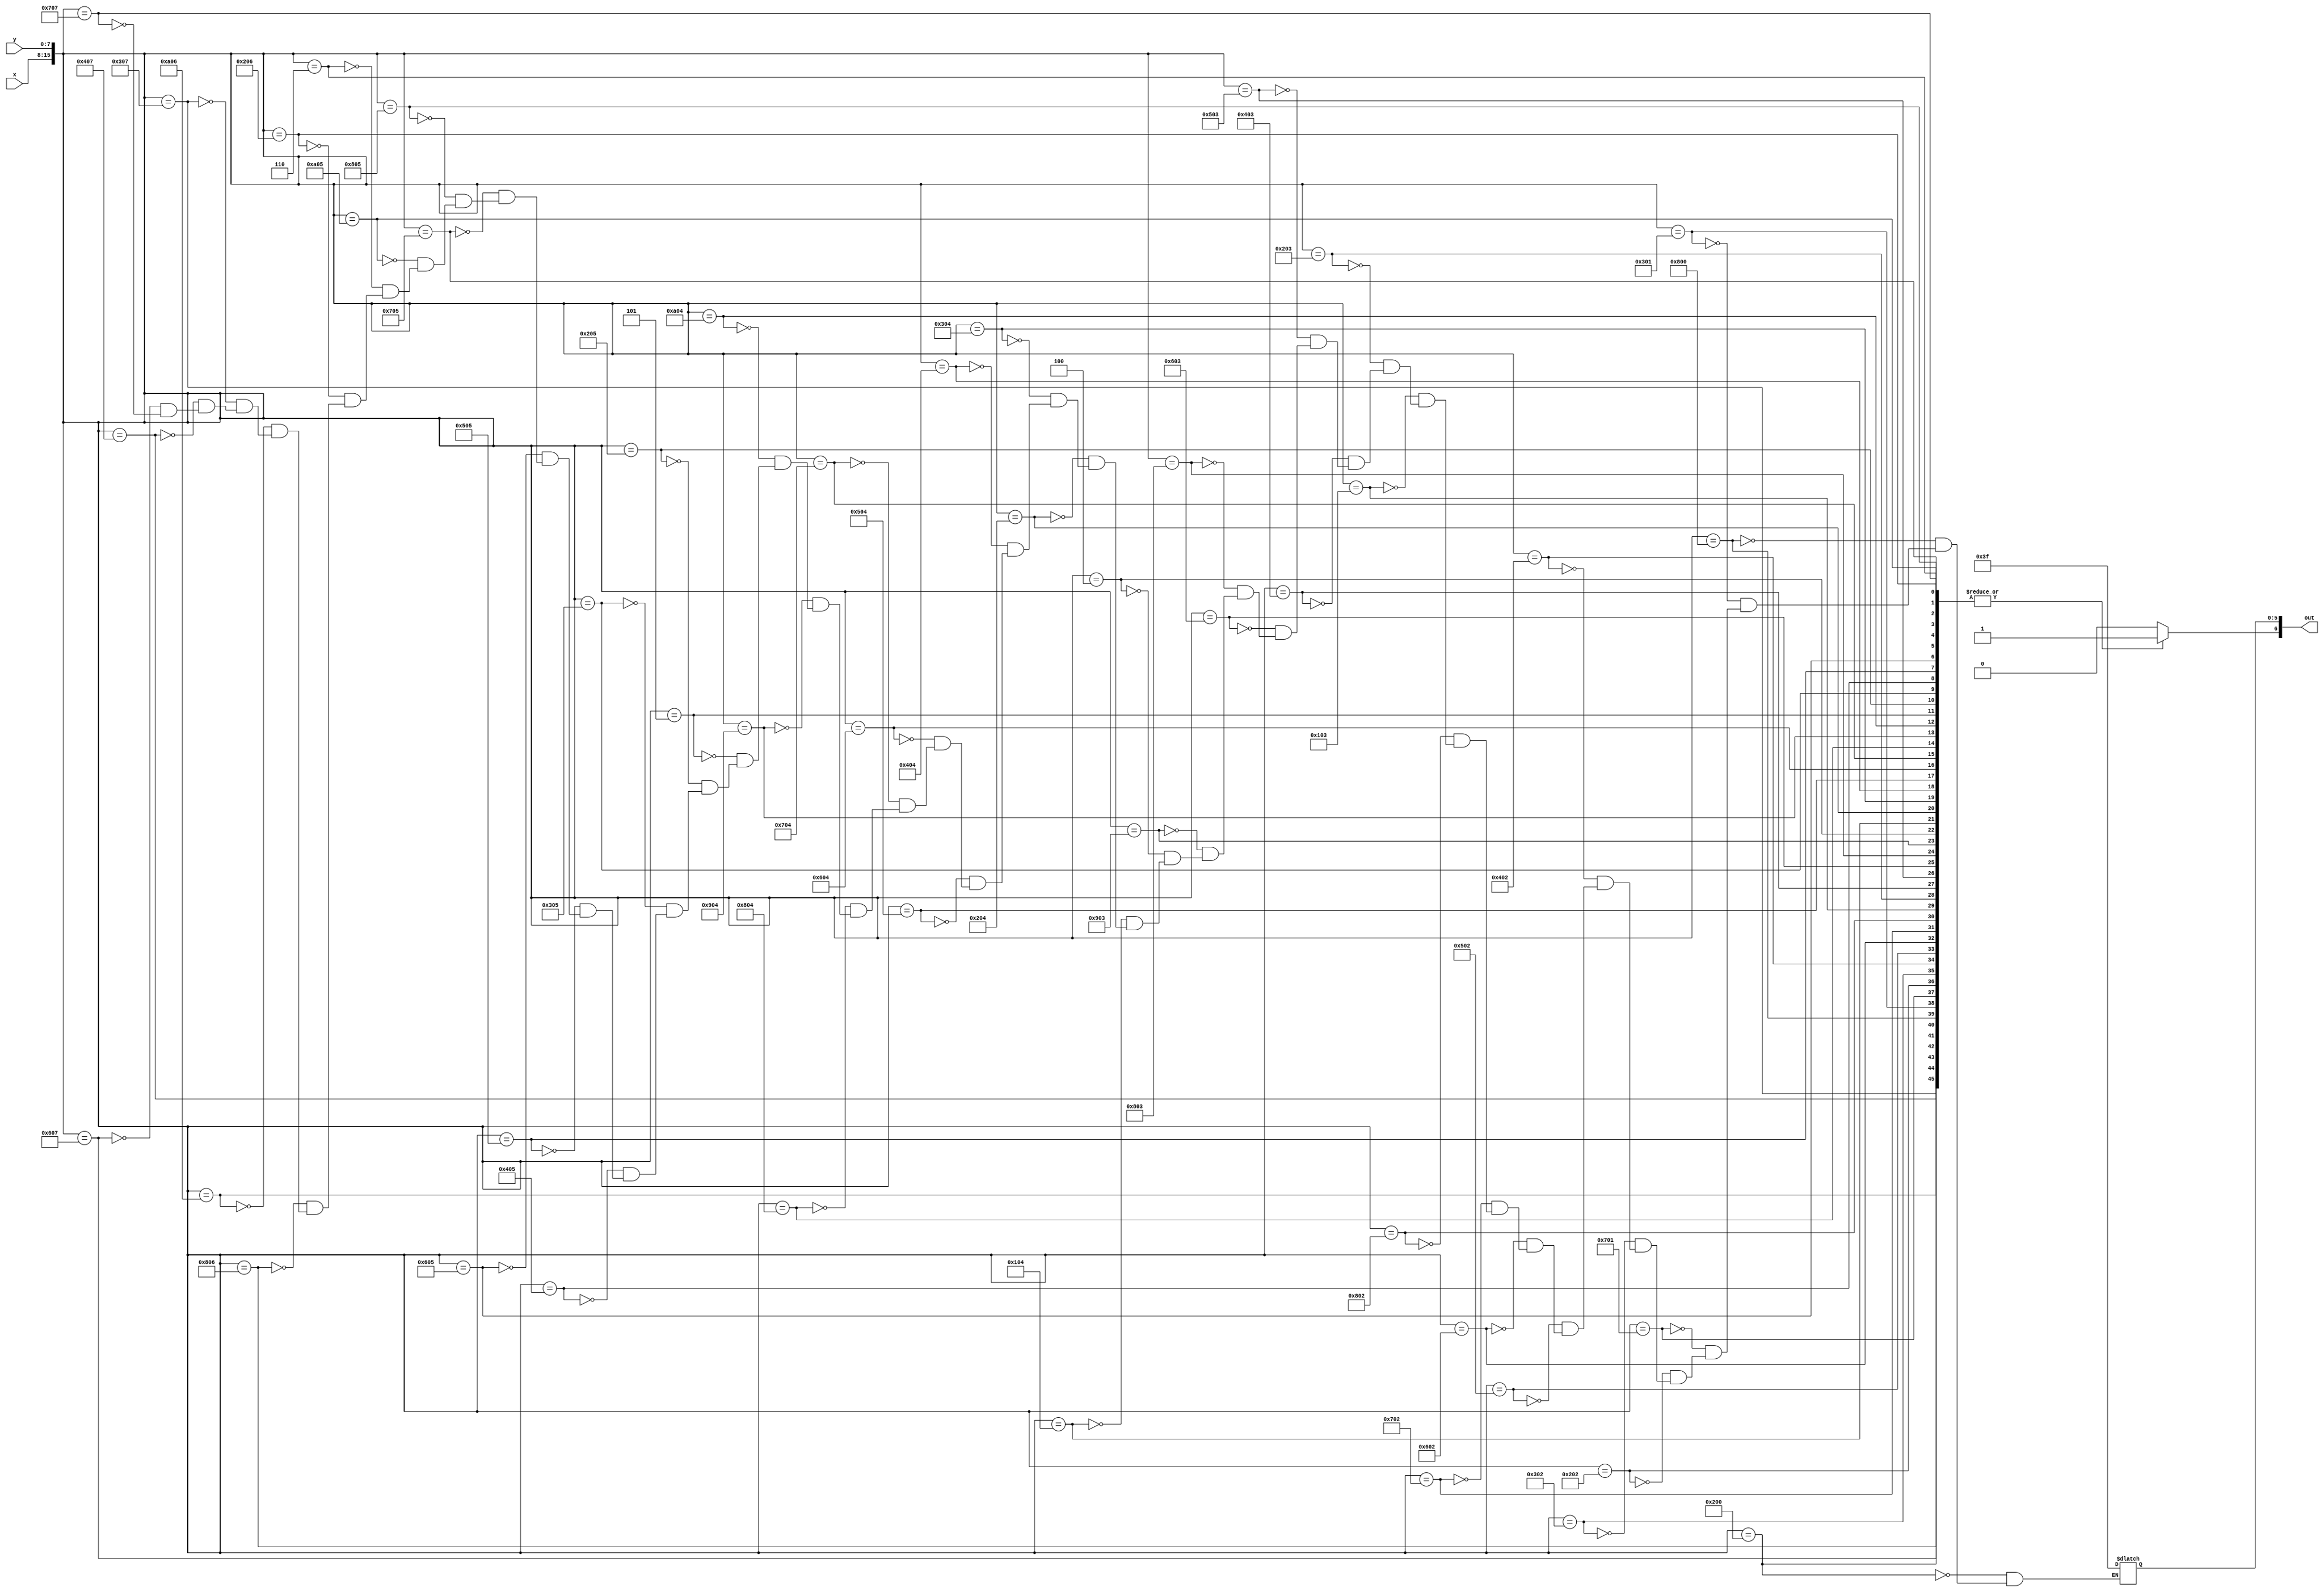
module target_graphic_lut(x, y, out);
	input [7:0] x;
	input [7:0] y;
	output reg [6:0] out;

	always@(*)
	begin
		out[6] <= 1'b1;
		case({x, y})
			16'h0200: out[5:0] <= 6'b111111;
			16'h0800: out[5:0] <= 6'b111111;
			16'h0301: out[5:0] <= 6'b111111;
			16'h0701: out[5:0] <= 6'b111111;
			
			16'h0202: out[5:0] <= 6'b111111;
			16'h0302: out[5:0] <= 6'b111111;
			16'h0402: out[5:0] <= 6'b111111;
			16'h0502: out[5:0] <= 6'b111111;
			16'h0602: out[5:0] <= 6'b111111;
			16'h0702: out[5:0] <= 6'b111111;
			16'h0802: out[5:0] <= 6'b111111;
			
			16'h0103: out[5:0] <= 6'b111111;
			16'h0203: out[5:0] <= 6'b111111;
			16'h0403: out[5:0] <= 6'b111111;
			16'h0503: out[5:0] <= 6'b111111;
			16'h0603: out[5:0] <= 6'b111111;
			16'h0803: out[5:0] <= 6'b111111;
			16'h0903: out[5:0] <= 6'b111111;
			
			16'h0004: out[5:0] <= 6'b111111;
			16'h0104: out[5:0] <= 6'b111111;
			16'h0204: out[5:0] <= 6'b111111;
			16'h0304: out[5:0] <= 6'b111111;
			16'h0404: out[5:0] <= 6'b111111;
			16'h0504: out[5:0] <= 6'b111111;
			16'h0604: out[5:0] <= 6'b111111;
			16'h0704: out[5:0] <= 6'b111111;
			16'h0804: out[5:0] <= 6'b111111;
			16'h0904: out[5:0] <= 6'b111111;
			16'h0A04: out[5:0] <= 6'b111111;
			
			16'h0005: out[5:0] <= 6'b111111;
			16'h0205: out[5:0] <= 6'b111111;
			16'h0305: out[5:0] <= 6'b111111;
			16'h0405: out[5:0] <= 6'b111111;
			16'h0505: out[5:0] <= 6'b111111;
			16'h0605: out[5:0] <= 6'b111111;
			16'h0705: out[5:0] <= 6'b111111;
			16'h0805: out[5:0] <= 6'b111111;
			16'h0A05: out[5:0] <= 6'b111111;
			
			16'h0006: out[5:0] <= 6'b111111;
			16'h0206: out[5:0] <= 6'b111111;
			16'h0806: out[5:0] <= 6'b111111;
			16'h0A06: out[5:0] <= 6'b111111;
			
			16'h0307: out[5:0] <= 6'b111111;
			16'h0407: out[5:0] <= 6'b111111;
			16'h0607: out[5:0] <= 6'b111111;
			16'h0707: out[5:0] <= 6'b111111;
			
			
			default: out[6] <= 1'b0;
		endcase
	end
endmodule
module target_graphic(x, y, flush_x, flush_y, colour, enable);

	input [7:0] x;
	input [7:0] y;
	input [7:0] flush_x;
	input [7:0] flush_y;
	output [5:0] colour;
	output enable;
	
	wire [6:0] lut_out;
	
	target_graphic_lut(flush_x - x, flush_y - y, lut_out);
	
	assign colour = lut_out[5:0];
	assign enable = lut_out[6];
	
endmodule